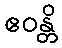
ဧဝန္တိ